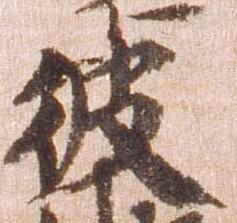
彼